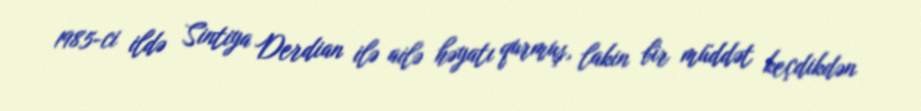
1985-ci ildə Sintiya Derdian ilə ailə həyatı qurmuş, lakin bir müddət keçdikdən